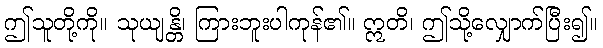
ဤသူတို့ကို။ သုယျန္တိ၊ ကြားဘူးပါကုန်၏။ ဣတိ၊ ဤသို့လျှောက်ပြီး၍။